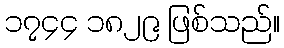
၁၇၄၄ ၁၈၂၉ ဖြစ်သည်။